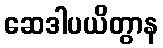
ဆေဒါပယိတွာန